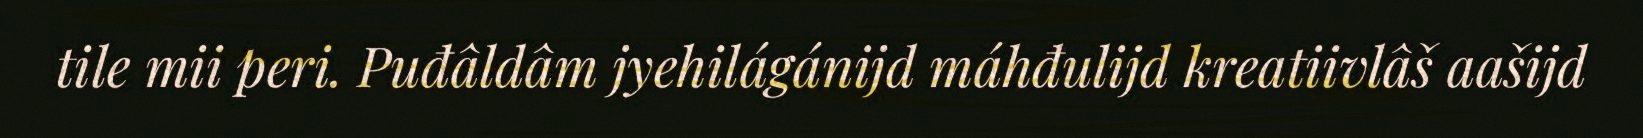
tile mii peri. Puđâldâm jyehilágánijd máhđulijd kreatiivlâš aašijd